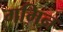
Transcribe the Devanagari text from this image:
गमिन